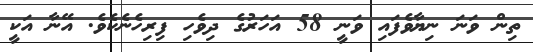
ތިން ވަނަ ނިޔާވެފައި ވަނީ 58 އަހަރުގެ ދިވެހި ފިރިހެނެކެވެ. އޭނާ އަކީ